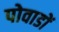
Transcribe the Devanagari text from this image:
पोवाडों